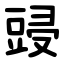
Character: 䜷